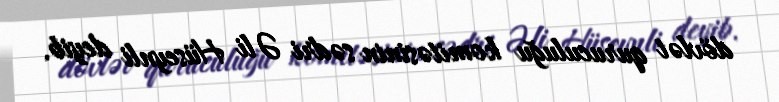
dövlət quruculuğu komitəsinin sədri Əli Hüseynli deyib.